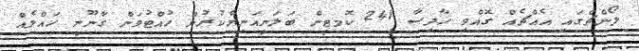
ލޯންޗްގަައި އެއްޗެއް ގޮއްވި ހާދިސާ 241 ކޮމޓީން ބަލަނީއަނިޔާކުރުން ހުއްޓުވަން ގާނޫނީ ހައްލެއް